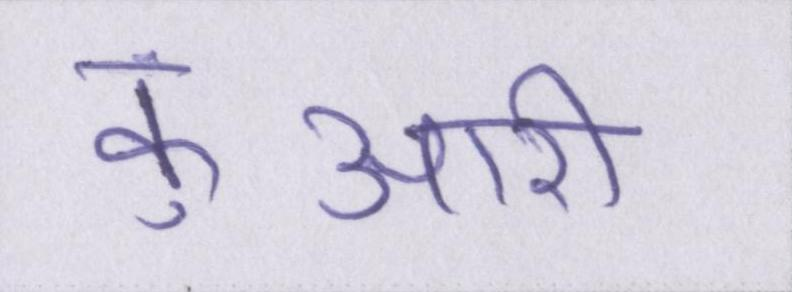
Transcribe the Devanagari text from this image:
कुंआरी